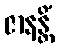
ဇာနန္တိံ